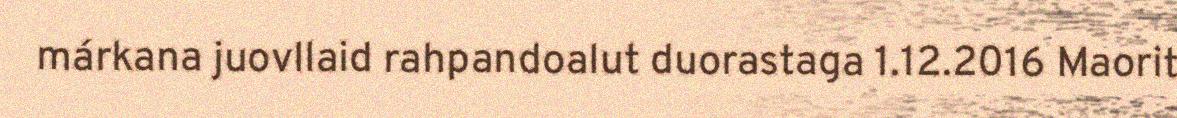
márkana juovllaid rahpandoalut duorastaga 1.12.2016 Maorit